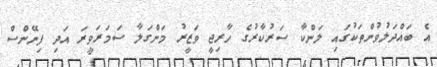
އެ ބައްދަލުވުންތަކުގައި ލަންކާ ސަރުކާރުގެ ހާރިޖީ ވަޒީރު މަންގަލާ ސަމަރަވީރަ އަދި ފިނޭންސް